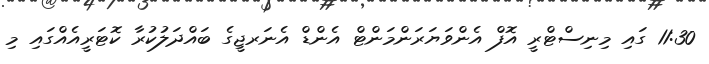
11:30 ގައި މިނިސްޓްރީ އޮފް އެންވަޔަރަންމަންޓް އެންޑް އެނަރޖީގެ ބައްދަލުކުރާ ކޮޓަރީއެއްގައި މި